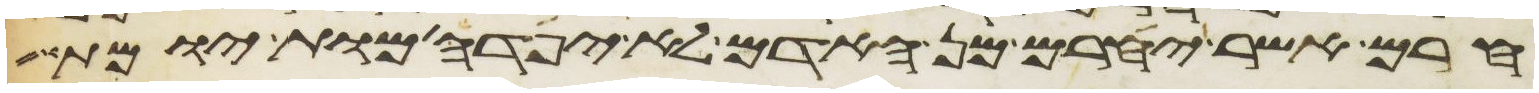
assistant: חרם אשר יחרם מן האדם לא יפדה מות יומת